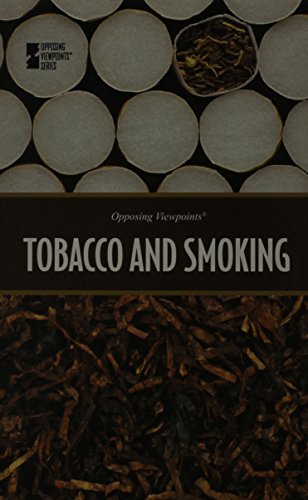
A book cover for Tobacco and Smoking (Opposing Viewpoints); Roman Espejo; Health, Fitness & Dieting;